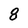
Character: 8